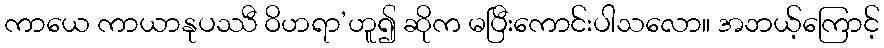
ကာယေ ကာယာနုပဿီ ဝိဟရာ’ဟူ၍ ဆိုက မပြီးကောင်းပါသလော။ အဘယ့်ကြောင့်